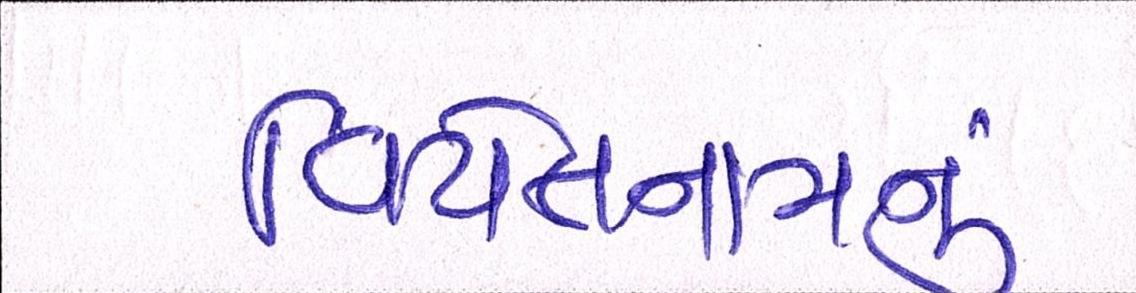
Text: વિયેતનામનું